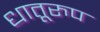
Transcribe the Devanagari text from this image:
धातूरुप